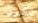
تكون